Annual report on the Civil Veterinary Department, Burma (including the Insein Veterinary School) - 1923-1931
Year: 1923
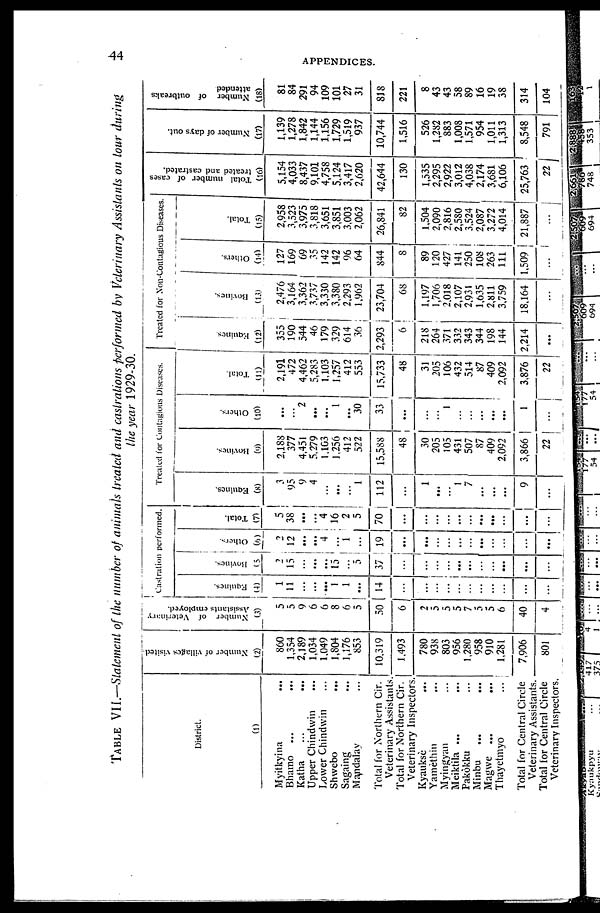
44
APPENDICES.
TABLE VII.—Statement of the number of animals treated and castrations performed by Veterinary Assistants on lour during
the year 1929-30.
District.
(1)
Myitkyina
...
Bhamo ... ...
Katha ... ...
Upper Chindwin ...
Lower Chindwin ...
Shwebo
...
Sagaing ...
Mandalay ...
Total for Northern Cir.
Veterinary Assistants.
Total for Northern Cir.
Veterinary Inspectors.
Kyauksè
...
Yamèthin ...
Myingyan ...
Meiktila ... ...
Pakòkku ...
Minbu ... ...
Magwe ...
...
Thayetmyo ...
Total for Central Circle
Veterinary Assistants.
Total tor Central Circle
Veterinary Inspectors,
Number of villages visited
(2)
860
1,354
2,189
1,034
1,049
1,804
1,176
853
10,319
1,493
780
938
803
956
1,280
958
910
1,281
7,906
801
Number of Veterinary
Assistants employed.
(3)
5
5
9
6
6
8
6
5
50
6
2
5
5
5
7
5
5
6
40
4
Castration performed.
Equines.
(4)
1
11
...
...
...
1
1
...
14
...
...
...
...
...
...
...
...
...
...
...
Bovines.
(5)
2
15
...
...
...
15
5
37
...
...
...
...
...
...
...
...
...
...
...
Others.
(6)
2
12
...
...
4
1
19
...
...
...
...
...
...
...
...
...
...
...
Total.
(7)
5
38
...
...
4
16
2
5
70
...
...
...
...
...
...
...
...
...
......
...
Treated for Contagious Diseases.
Equines.
(8)
3
95
9
4
...
...
...
1
112
...
1
...
...
1
7
...
...
...
9
...
Bovines.
(9)
2,188
377
4,451
5.279
1,163
1,256
412
522
15,588
48
30
205
105
431
507
87
409
2,092
3,866
22
Others.
(10)
2
...
...
1
...
30
33
...
...
...
1
......
...
...
...
...
1
...
Total.
(11)
2,191
472
4,462
5,283
1,103
1,257
412
553
15,733
48
31
205
106
432
514
87
409
2,092
3,876
22
Treated for Non-Contagious Diseases.
Equines
(12)
355
190
544
46
179
329
614
36
2,293
6
218
264
371
332
343
344
198
144
2,214
...
Bovines.
(13)
2,476
3,164
3,362
3,737
3,330
3,380
2,293
1,962
23,704
68
1,197
1,706
2,018
2,107
2,931
1,635
2,811
3,759
18,164
...
Others.
(14)
127
169
69
35
142
142
96
64
844
8
89
120
427
141
250
108
263
111
1,509
...
Total.
(15)
2,958
3,523
3,975
3,818
3,651
3,851
3,003
2,062
26,841
82
1,504
2,090
2,816
2,580
3.524
2,087
3,272
4,014
21,887
...
Total number of cases
treated and castrated.
(16)
5,154
4,033
8,437
9,101
4,758
5,124
3,417
2,620
42,644
130
1,535
2,295
2,922
3,012
4,038
2,174
3,681
6,106
25,763
22
Number of days out.
(17)
1,139
1,278
1,842
1,144
1,156
1,729
1,519
937
10,744
1,516
526
1,282
883
1,008
1,571
954
1,011
1,313
8,548
791
Number of outbreaks
attended
(18)
81
84
291
94
109
101
27
31
818
221
8
43
43
58
89
16
19
38
314
104